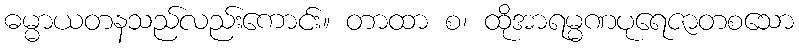
ဓမ္မာယတနသည်လည်းကောင်း။ တာထာ စ၊ ထိုအာရမ္မဏပုရေဇာတစသော